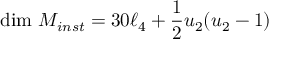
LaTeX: \mathrm { d i m } \ { \cal M } _ { i n s t } = 3 0 \ell _ { 4 } + \frac 1 2 u _ { 2 } ( u _ { 2 } - 1 )